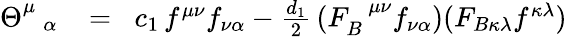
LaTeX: \begin{array}{rlr}{\Theta_{\; \; \, \alpha}^{\mu}\! }&{{}=}&{\! c_{1}\, f^{\mu\nu}f_{\nu\alpha}-\frac{d_{1}}{2}\, (F_{B}^{\; \, \, \mu\nu}f_{\nu\alpha})(F_{B\kappa\lambda}f^{\kappa\lambda})}\end{array}